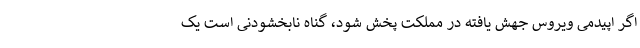
اگر اپیدمی ویروس جهش یافته در مملکت پخش شود، گناه نابخشودنی است یک